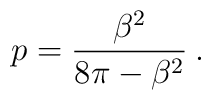
p=\displaystyle\frac{\beta ^{2}}{8\pi -\beta ^{2}}\: .